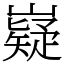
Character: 嶷